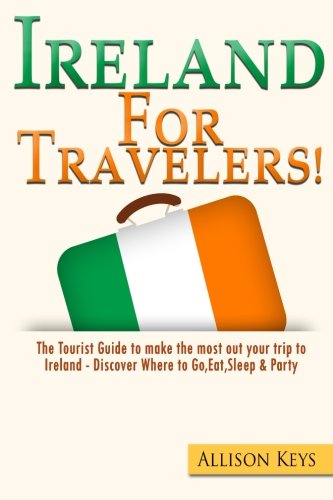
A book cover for Ireland For Travelers: The Tourist Guide to make the most out your trip to Ireland - Discover Where to Go, Eat,Sleep & Party (Volume 1); Allison Keys R; Travel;